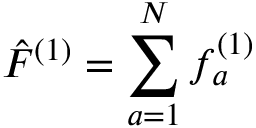
\hat { F } ^ { ( 1 ) } = \sum _ { a = 1 } ^ { N } f _ { a } ^ { ( 1 ) }